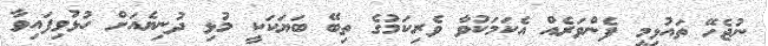
ނުޖެހޭ ތައުޅިމީ ފެންވަރެއް އެކަމަކުވާ ވެރިކަމުގެ ތިބޭ ބަޔަކަކީ މުޅި ދުނިޔެއަށް ހުޅުވިފައިވާ